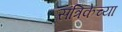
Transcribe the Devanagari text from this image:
संत्रिकेच्या